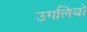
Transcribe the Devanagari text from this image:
उगलियो